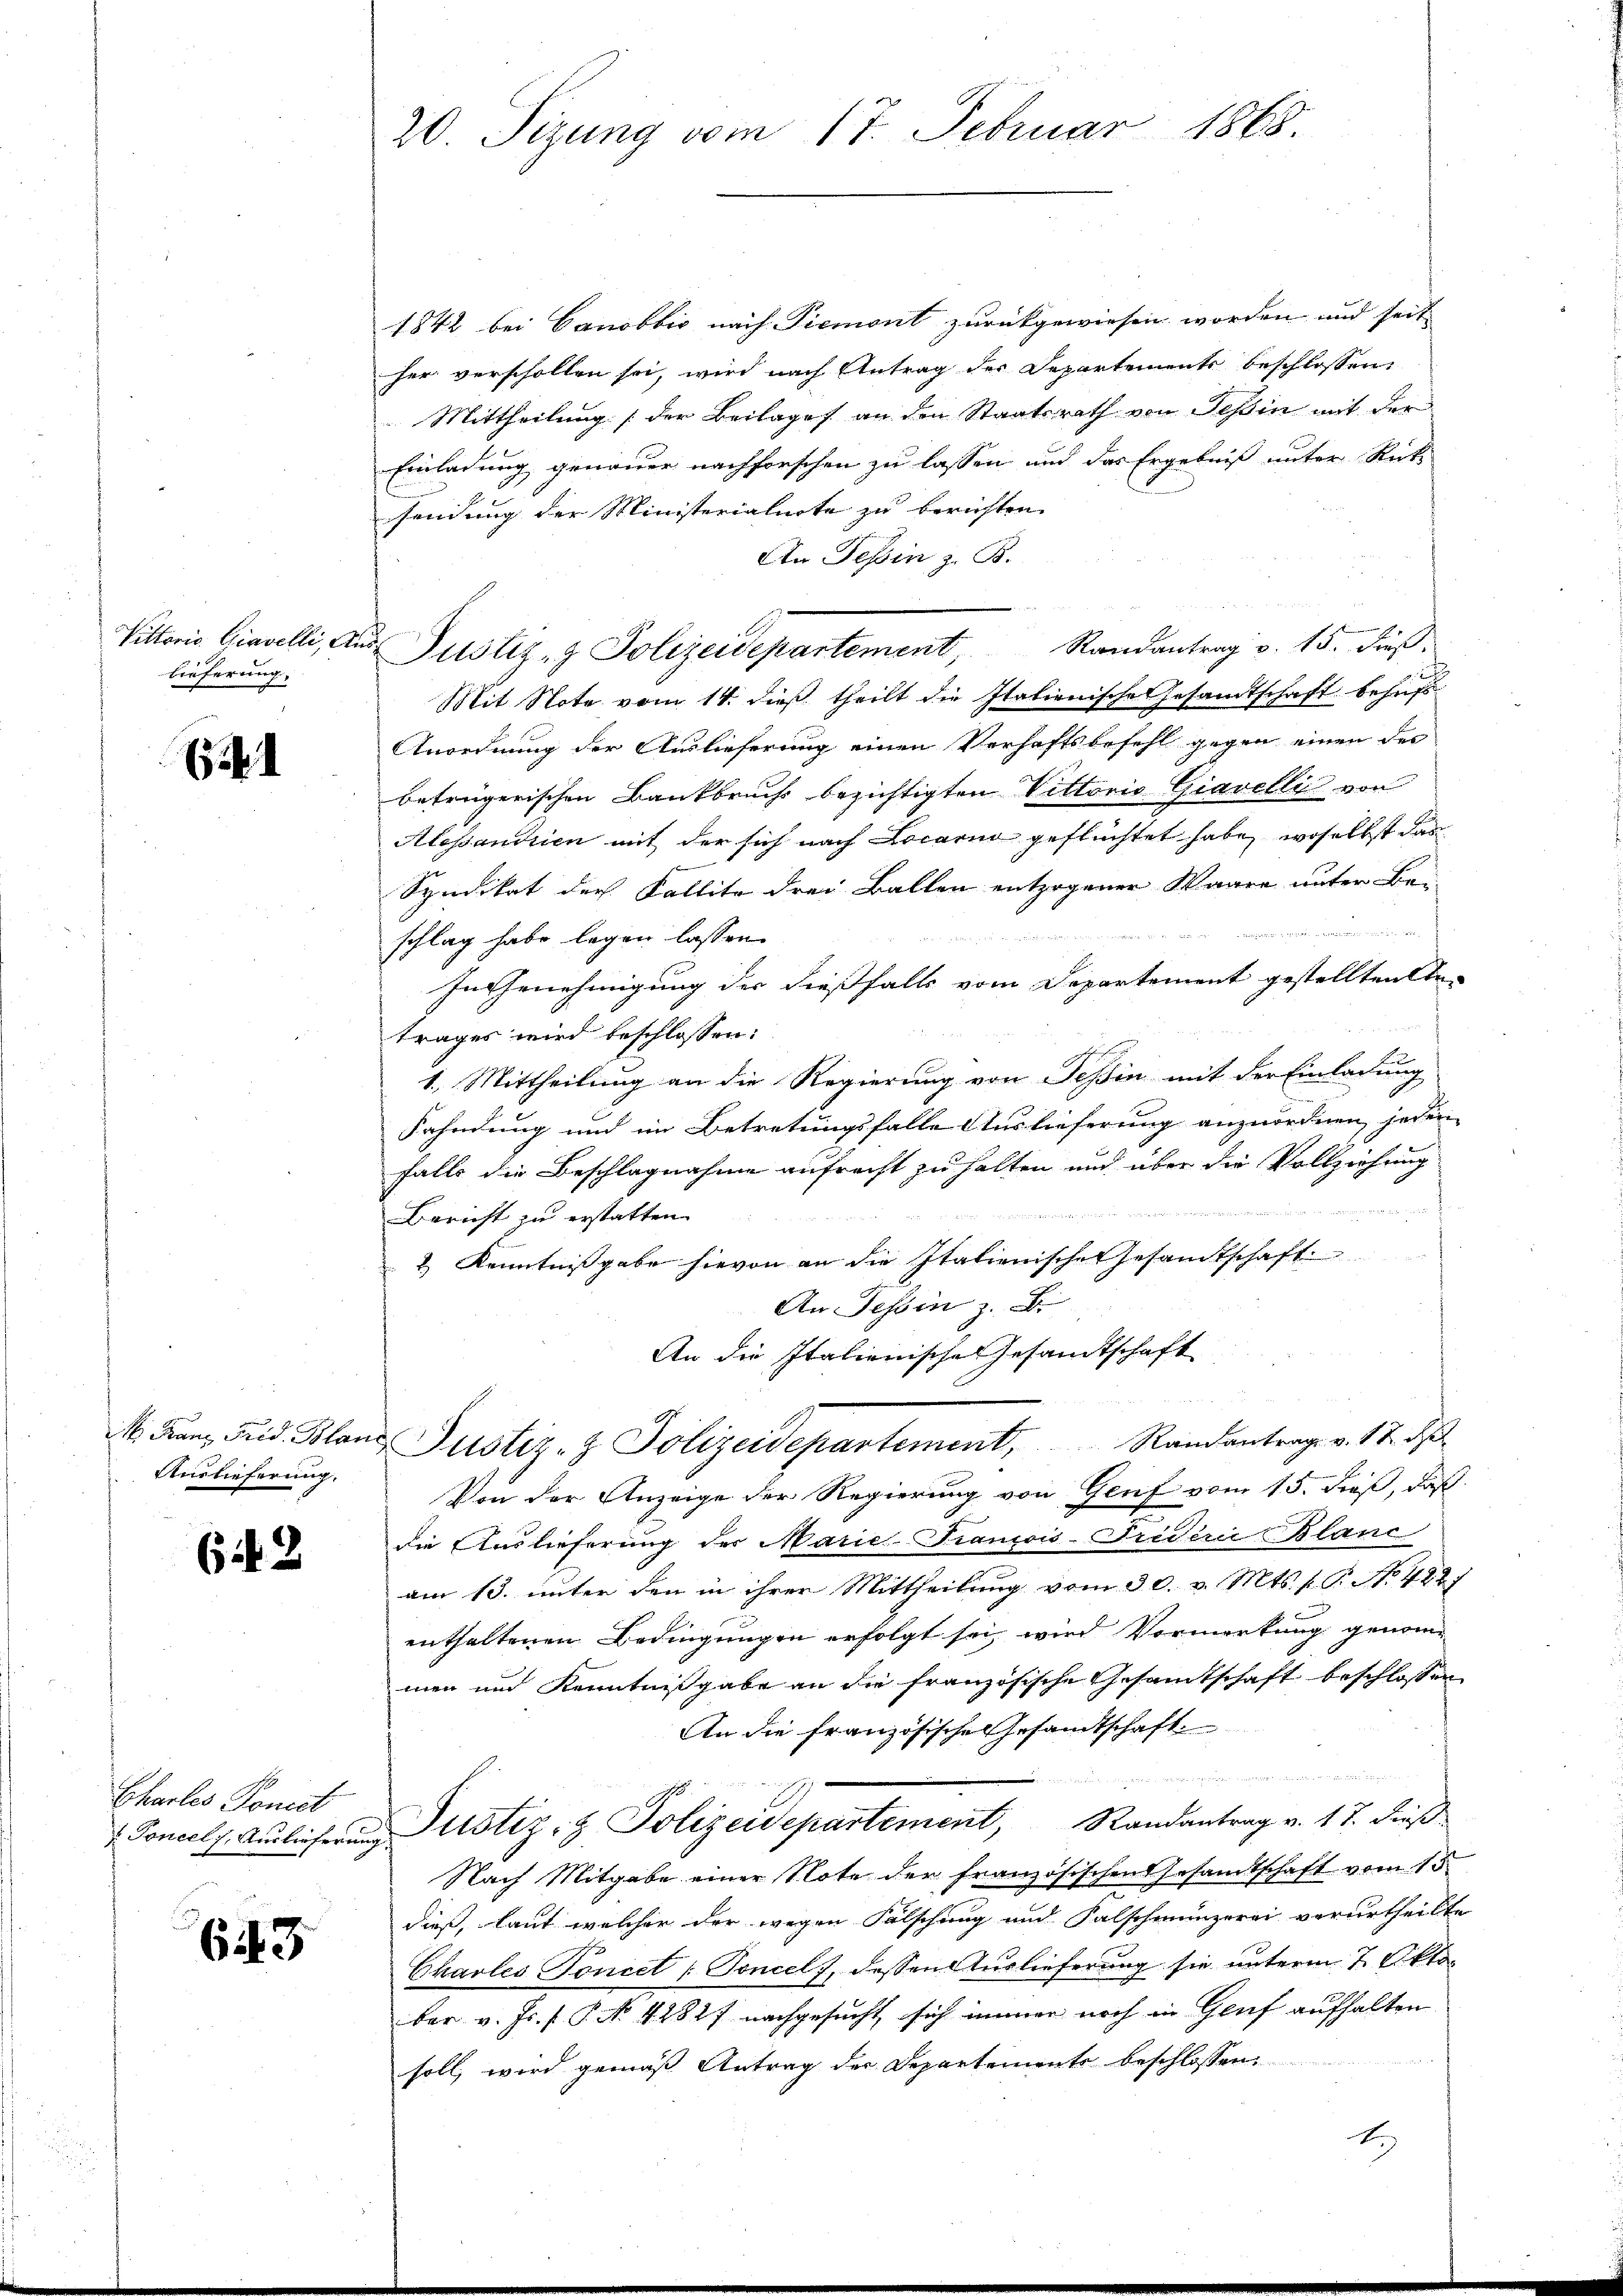
lieferung,

6

Auslieferung.

643

Charlos Ponect

643

20. Sizung vom 17. Februar 1868.

1842 bei Canobbio nach Piemont zurückgewiesen worden und seit
her verschollen sei, wird nach Antrag der Departements beschlossen,
Mittheilung [der Beilages an den Staatsrath von Tessin mit der
Einladung genauer nachforschen zu lassen und das Ergebniß unter Rück-
sendung der Ministerialnote zu berichten.
An Tessin z. B.
Vittoris Gieselli, aus Justiz- & Polizeidepartement, Randantrag v. 15. dieß.
Mit Note vom 14. dieß theilt die Italienische Gesandtschaft behufs
Anordnung der Auslieferung einen Verhaftsbefehl gegen einen des
betrügerischen Bankbruchs bezichtigten Vittoris Giavelli von
Alessandrien mit der sich nach Locarin geflüchtet habe, woselbst das
Syndikat der Kallite drei Ballen entzogener Waare unter Be-
schlag habe legen lassen.
In Genehmigung der dießfalls vom Departement gestellten te-
trages wird beschlossen:
1. Mittheilung an die Regierung von Tessin mit der Einladung
Fahndung und im Betretungsfalle Auslieferung anzuordnen, jedem
falls die Beschlagnahme aufrecht zu halten und über die Vollziehung
.
Bericht zu erstatten.
2.) Kenntnißgabe hievon an die Italienisches Gesandtschaft
An Tessin z. B.
An die Italienische Gesandtschaft
M. Franz Frid. Bland Justiz- & Polizeidepartement,            Randantrag v. 17. d
Von der Anzeige der Regierung von Genf vom 15. dieß, daß
die Auslieferung der Marie Francois-Triderić Blanc
am 13. unter den in ihrer Mittheilung vom 30. v. Mts. f. G. No. 482
enthaltenen Bedingungen erfolgt sei, wird Vormerkung genommen und Kenntnißgabe an die französische Gesamtschaft beschlossen
An die französisches Gesandtschaft
 Engelegen u wenn einen verwegen auch ein einge
 Concels. Auslicheren Justiz- & Polizeidepartement, Randantrag v. 17. dieß
Nach Mitgabe einer Note der französischen Gesamtschaft vom 15.
dieß, laut welcher der wegen Fälschung und Falschmünzerei verurtheilte
Chavles Toncet [Toncel, dessen Auslieferung sie unterm 7. Oktober v. Js. f. P. No. 4282f nachgesucht, sich immer noch in Genf aufhalten

soll, wird gemäß Antrag der Departemente beschlossen:
t